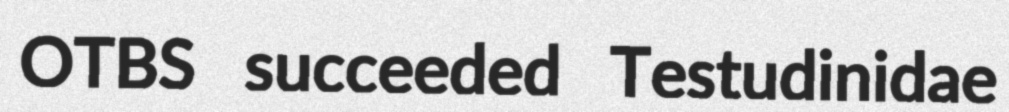
OTBS succeeded Testudinidae